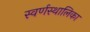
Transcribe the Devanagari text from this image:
स्वर्णस्थालिका